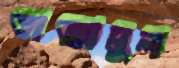
তাজামুল